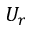
U _ { r }